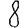
Digit: 8